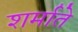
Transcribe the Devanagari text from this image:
शर्माते